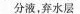
分液，弃水层